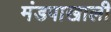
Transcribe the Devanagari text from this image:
मंडपाखाली